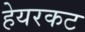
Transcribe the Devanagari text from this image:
हेयरकट